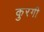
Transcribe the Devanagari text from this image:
कुरगी